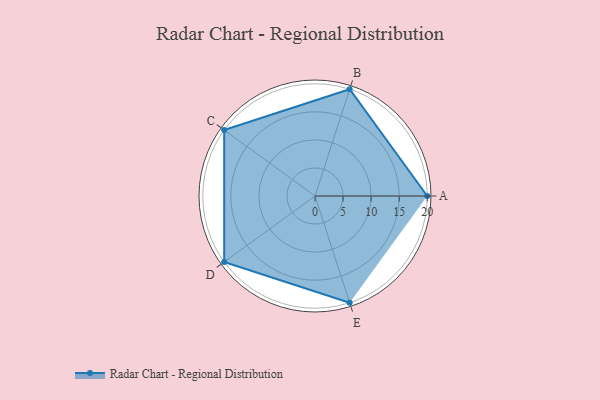
{"axis": {"x": "Skill", "y": "Score"}, "legend": ["Profile"], "data": [{"x": "A", "y": 20, "type": "Profile"}, {"x": "B", "y": 20, "type": "Profile"}, {"x": "C", "y": 20, "type": "Profile"}, {"x": "D", "y": 20, "type": "Profile"}, {"x": "E", "y": 20, "type": "Profile"}]}